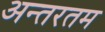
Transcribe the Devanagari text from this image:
अन्तरतम